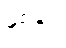
နှစ်ပေ